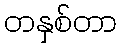
တနှစ်တာ